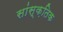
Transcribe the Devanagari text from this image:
सांस्‍क़तिक